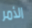
الأمر